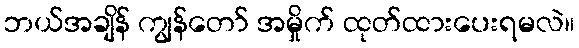
ဘယ်အချိန် ကျွန်တော် အမှိုက် ထုတ်ထားပေးရမလဲ။